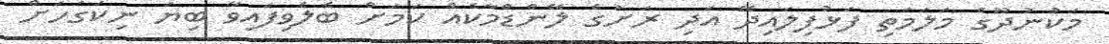
މަކުނުދޫގެ މަލަމަތި ފަޅުފިލައިދޭ އަދި ރަށުގެ ލޭންޑްމާކެއް ކަމަށް ބެލެވިފައިވާ ބިޔަ ނިކަގަހަށް